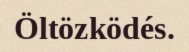
Öltözködés.